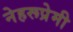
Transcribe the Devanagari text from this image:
नेहरूप्रेमी